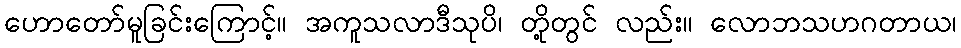
ဟောတော်မူခြင်းကြောင့်။ အကူသလာဒီသုပိ၊ တို့တွင် လည်း။ လောဘသဟဂတာယ၊